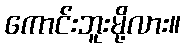
ကောင်းဘူးမို့လား။